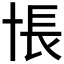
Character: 𰅸